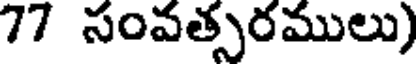
77 సంవత్సరములు)